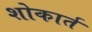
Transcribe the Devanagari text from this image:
शोकार्त